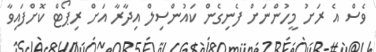
ވެސް އެ ރަށު މީހުންނަށް ފެނިގެން ކައުންސިލް އިދާރާ އަށް ރިޕޯޓް ކޮށްފައިވާ